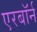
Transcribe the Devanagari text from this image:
एरबॉर्न